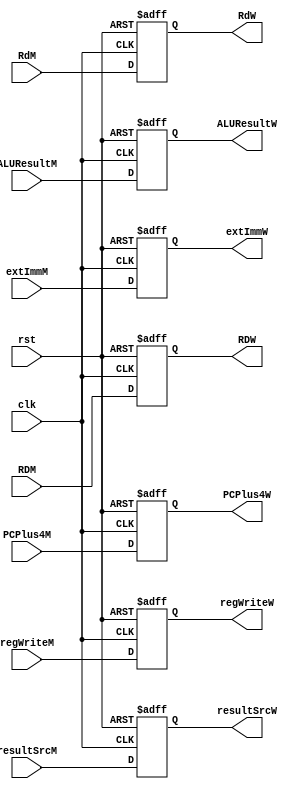
module RegMEM_WB(clk, rst, regWriteM, resultSrcM,
                 ALUResultM, RDM, RdM, PCPlus4M,
                extImmM, extImmW, regWriteW, resultSrcW,
                ALUResultW, RDW, RdW, PCPlus4W);
    
    input clk, rst, regWriteM;
    input [1:0] resultSrcM;
    input [4:0] RdM;
    input [31:0] ALUResultM, RDM, PCPlus4M, extImmM;

    output reg regWriteW;
    output reg [1:0] resultSrcW;
    output reg [4:0] RdW;
    output reg [31:0] ALUResultW, RDW, PCPlus4W, extImmW;

    always @(posedge clk or posedge rst) begin
        
        if (rst) begin
            regWriteW  <= 32'b0;
            ALUResultW <= 32'b0;
            PCPlus4W   <= 32'b0;
            RDW        <= 32'b0;
            RdW        <= 5'b0;
            resultSrcW <= 2'b0;
            extImmW    <= 32'b0;
        end 
        
        else begin
            regWriteW  <= regWriteM; 
            ALUResultW <= ALUResultM;
            PCPlus4W   <= PCPlus4M;
            RDW        <= RDM;
            RdW        <= RdM;
            resultSrcW <= resultSrcM;
            extImmW    <= extImmM;
        end
        
    end

endmodule